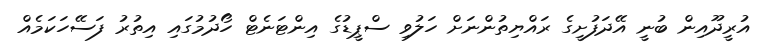
އުރީދޫއިން ބުނީ އޭދަފުށީގެ ރައްޔިތުންނަށް ހަލުވި ސްޕީޑުގެ އިންޓަނެޓް ހޯދުމުގައި އިތުރު ފަސޭހަކަމެއް